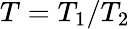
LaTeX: T=T_{1}/T_{2}